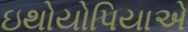
ઇથોયોપિયાએ